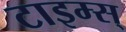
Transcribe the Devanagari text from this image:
टाइम्स्